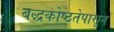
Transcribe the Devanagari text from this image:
बद्धकोष्ठतेपासून